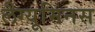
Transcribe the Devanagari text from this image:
लैग्यूमिनस